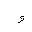
Letter: _waw